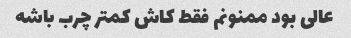
عالی بود ممنونم فقط کاش کمتر چرب باشه